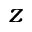
z